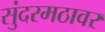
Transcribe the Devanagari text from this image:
सुंदरमठावर